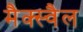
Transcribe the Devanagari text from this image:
मैक्स्वैल